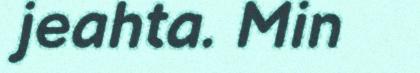
jeahta. Min